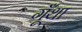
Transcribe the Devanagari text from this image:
गूँथा